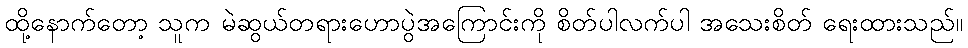
ထို့နောက်တော့ သူက မဲဆွယ်တရားဟောပွဲအကြောင်းကို စိတ်ပါလက်ပါ အသေးစိတ် ရေးထားသည်။